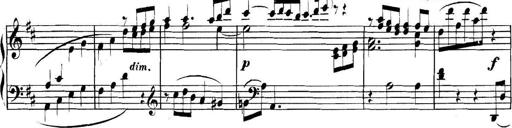
Title: Collected Piano Sonatas
Composer: Muzio Clementi